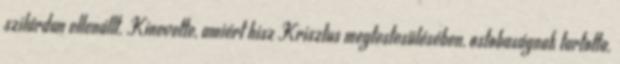
szilárdan ellenállt. Kinevette, amiért hisz Krisztus megtestesülésében, ostobaságnak tartotta.